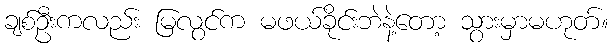
ချစ်ဦးကလည်း မြလွင်က မဖယ်ခိုင်းဘဲနဲ့တော့ သွားမှာမဟုတ်။